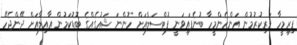
ފިރިމީހާ ވަރިކުރުމުން އަންހެންމީހާ ބުނެފައިވަނީ ފުޓްސަލްއަށް ހުންނަ ޝައުގެއްގެ ބޮޑުކަމުން އާއިލާއަށް ދޭންޖެހޭ